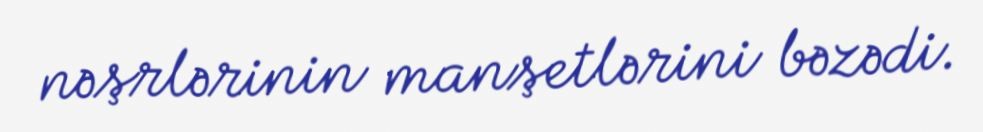
nəşrlərinin manşetlərini bəzədi.